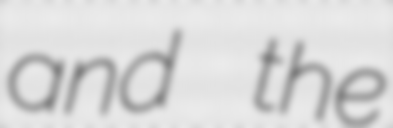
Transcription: and the